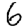
Digit: 6